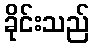
ခိုင်းသည်